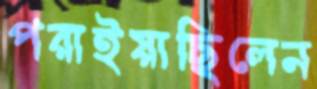
পরাইয়াছিলেন